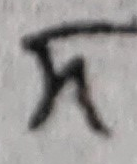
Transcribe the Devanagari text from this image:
अ